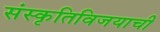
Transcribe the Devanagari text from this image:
संस्कृतिविजयाची